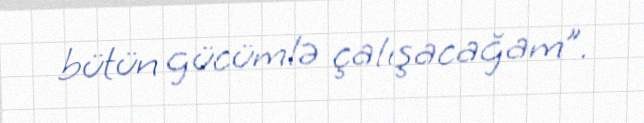
bütün gücümlə çalışacağam”.